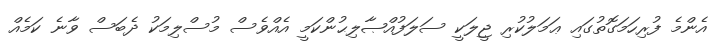
އެންމެ ފުރިހަމަގޮތުގައި ޢަމަލުކުރި ޖީލަކީ ސަލަފުއްޞާލިޙުންކަމީ އެއްވެސް މުސްލިމަކު ދެބަސް ވާނެ ކަމެއް